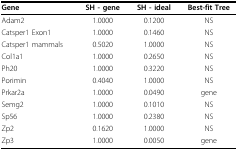
| Gene | SH - gene | SH - ideal | Best-fit Tree |
 | --- | --- | --- | --- |
 | Adam2 | 1.0000 | 0.1200 | NS |
 | Catsper1 Exon1 | 1.0000 | 0.1460 | NS |
 | Catsper1 mammals | 0.5020 | 1.0000 | NS |
 | Col1a1 | 1.0000 | 0.2650 | NS |
 | Ph20 | 1.0000 | 0.3220 | NS |
 | Porimin | 0.4040 | 1.0000 | NS |
 | Prkar2a | 1.0000 | 0.0490 | gene |
 | Semg2 | 1.0000 | 0.1010 | NS |
 | Sp56 | 1.0000 | 0.2380 | NS |
 | Zp2 | 0.1620 | 1.0000 | NS |
 | Zp3 | 1.0000 | 0.0050 | gene |